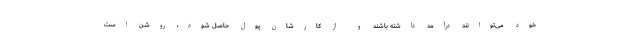
خود می‌توانند درآمد داشته باشند و از کارشان پول حاصل شود، روشن است